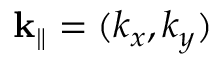
{ \bf k } _ { \parallel } = ( k _ { x } , k _ { y } )